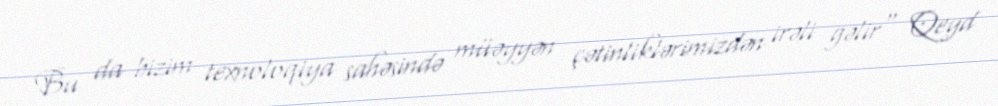
Bu da bizim texnoloqiya sahəsində müəyyən çətinliklərimizdən irəli gəlir" Qeyd